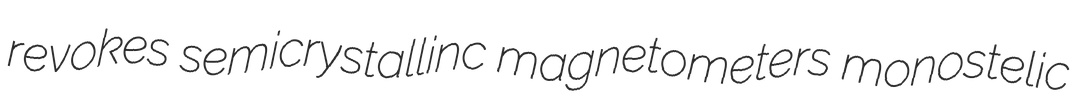
revokes semicrystallinc magnetometers monostelic